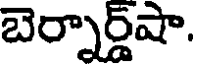
బెర్నార్డ్షా.